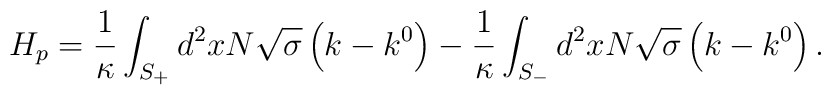
H_{p}=\frac{1}{\kappa }\int_{S_{+}}^{{}}d^{2}xN\sqrt{\sigma }\left(k-k^{0}\right) -\frac{1}{\kappa }\int_{S_{-}}d^{2}xN\sqrt{\sigma }\left(k-k^{0}\right) .